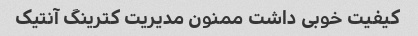
کیفیت خوبی داشت ممنون مدیریت کترینگ آنتیک